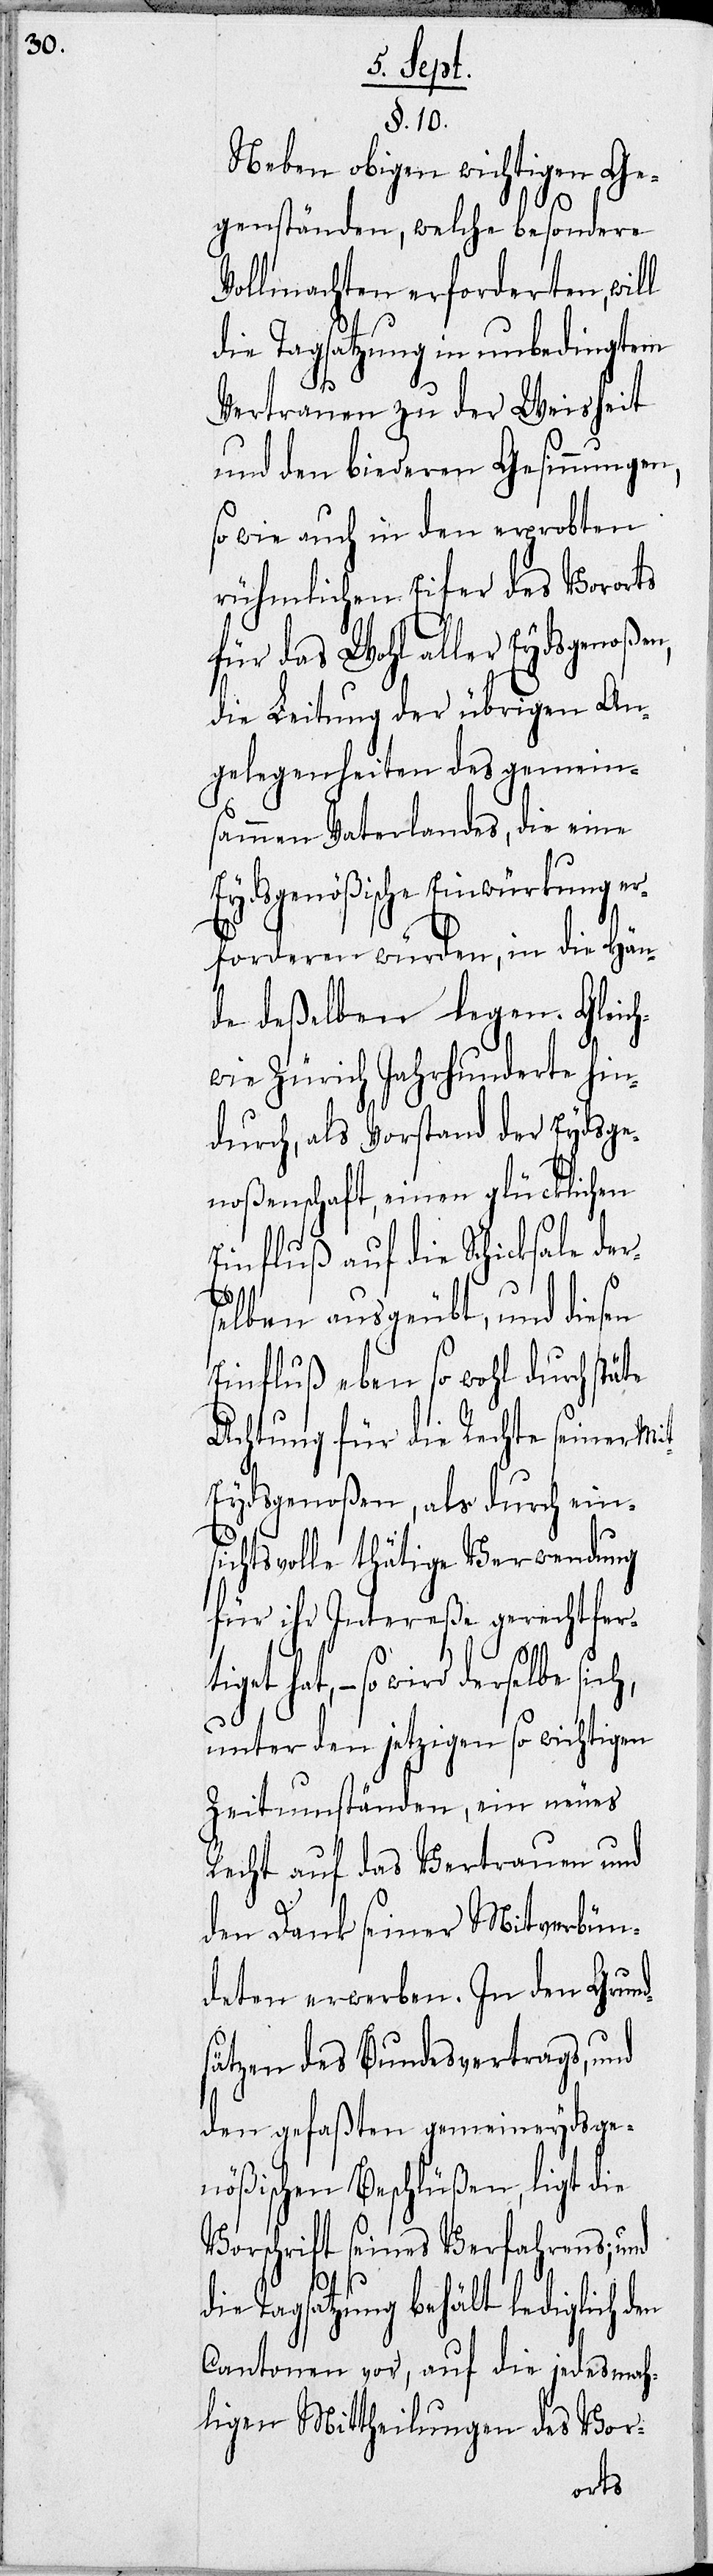
§. 10.
Neben obigen wichtigen Ge¬
genständen, welche besondere
Vollmachten erforderten, will
die Tagsatzung in unbedingtem
Vertrauen zu der Weisheit
und den biederen Gesinnungen,
so wie auch in den erprobten
rühmlichen Eifer des Vororts
für das Wohl aller Eydsgenoße¬
die Leitung der übrigen An¬
gelegenheiten des gemein¬
sammen Vaterlandes, die eine
Eydsgenößische Einwürkung er¬
forderen würden, in die Hän¬
de deßelben legen. Gleic¬
hwie Zürich Jahrhunderte hin¬
durch, als Vorstand der Eydsge¬
noßenschaft, einen glücklichen
Einfluß auf die Schicksale der¬
selben ausgeübt, und diesen
Einfluß eben so wohl durch stäte
Achtung für die Rechte seiner Mi¬
t-Eydsgenoßen, als durch ein¬
sichtsvolle thätige Verwendung
für ihr Intereße gerechtfer¬
tiget hat, – so wird derselbe
unter den jetzigen so wichtigen
Zeitumständen, ein neues
Recht auf das Vertrauen und
den Dank seiner Mitverbün¬
deten erwerben. In den Grund¬
sätzen des Bundesvertrags, und
den gefaßten gemeineydsge¬
nößischen Beschlüßen, ligt die
Vorschrift seines Verfahrens; und
n,
die Tagsatzung behält lediglich den
Cantonen vor, auf die jedesmah¬
ligen Mittheilungen des Vor-